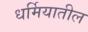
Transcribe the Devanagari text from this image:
धर्मियातील